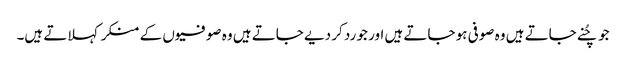
جو چُنے جاتے ہیں وہ صوفی ہو جاتے ہیں اور جو رد کر دیے جاتے ہیں وہ صوفیوں کے منکر کہلاتے ہیں۔